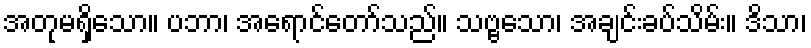
အတုမရှိသော။ ပဘာ၊ အရောင်တော်သည်။ သဗ္ဗသော၊ အချင်းခပ်သိမ်း။ ဒိသာ၊